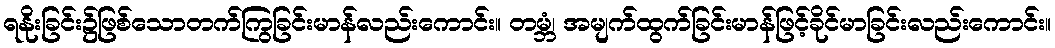
ရနိုးခြင်း၌ဖြစ်သောတက်ကြွခြင်းမာန်လည်းကောင်း။ တမ္ဘံ၊ အမျက်ထွက်ခြင်းမာန်ဖြင့်ခိုင်မာခြင်းလည်းကောင်း။